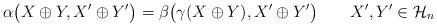
LaTeX: \begin{align*}\alpha\bigl(X\oplus Y,X'\oplus Y'\bigr)=\beta\bigl(\gamma(X\oplus Y), X'\oplus Y'\bigr)\qquad X',Y'\in \mathcal H_n\end{align*}